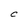
Character: C